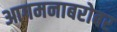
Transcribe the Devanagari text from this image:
आगमनाबरोबर